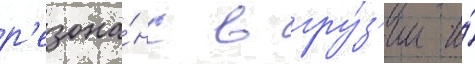
р'езона́нс в гру́з'ии и́